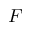
F